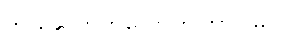
ဘယ်လောက်လောက်ကြာပါမလဲ။